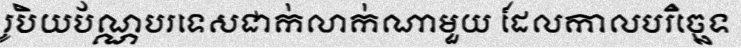
រូបិយប័ណ្ណបរទេសជាក់លាក់ណាមួយ ដែលកាលបរិច្ឆេទ